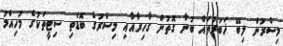
މިސްރުން ލިބޭ ޚަބަރުތައް ބުނާ ގޮތުން ގާހިރާއާއި މިސްރުގެ ބޮޑެތި ސިޓީތަކުގެ މުހިއްމު